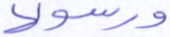
ورسولا